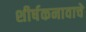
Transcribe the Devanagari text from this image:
शीर्षकनावाचे